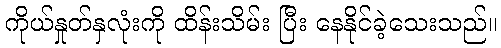
ကိုယ်နှုတ်နှလုံးကို ထိန်းသိမ်း ပြီး နေနိုင်ခဲ့သေးသည်။